Report on the working of the Ranchi Indian Mental Hospital, Kanke, in Bihar and Orissa - 1930-1940
Year: 1930
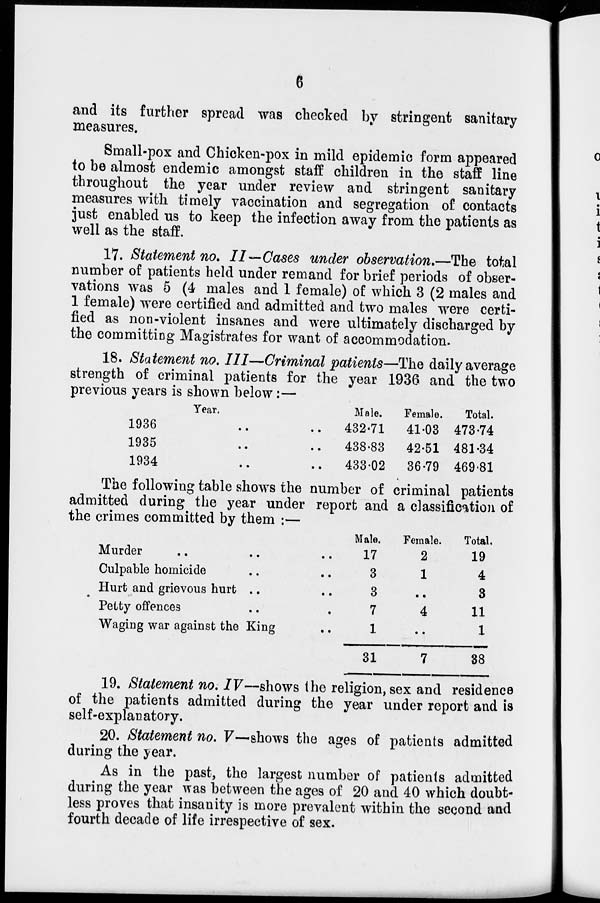
6
and its further spread was checked by stringent sanitary
measures.
Small-pox and Chicken-pox in mild epidemic form appeared
to be almost endemic amongst staff children in the staff line
throughout the year under review and stringent sanitary
measures with timely vaccination and segregation of contacts
just enabled us to keep the infection away from the patients as
well as the staff.
17. Statement no. II—Cases under observation.—The total
number of patients held under remand for brief periods of obser-
vations was 5 (4 males and 1 female) of which 3 (2 males and
1 female) were certified and admitted and two males were certi-
fied as non-violent insanes and were ultimately discharged by
the committing Magistrates for want of accommodation.
18. Statement no. III—Criminal patients—The daily average
strength of criminal patients for the year 1936 and the two
previous years is shown below :—
Year.
1936 .. ..
1935 .. ..
1934 .. ..
Male.
432.71
438.83
433.02
Female.
41.03
42.51
36.79
Total.
473.74
481.34
469.81
The following table shows the number of criminal patients
admitted during the year under report and a classification of
the crimes committed by them :—
Murder .. .. ..
Culpable homicide .. ..
Hurt and grievous hurt .. ..
Petty offences .. ..
Waging war against the King ..
Male.
17
3
3
7
1
31
Female.
2
1
..
4
..
7
Total.
19
4
3
11
1
38
19. Statement no. IV—shows the religion, sex and residence
of the patients admitted during the year under report and is
self-explanatory.
20. Statement no. V—shows the ages of patients admitted
during the year.
As in the past, the largest number of patients admitted
during the year was between the ages of 20 and 40 which doubt-
less proves that insanity is more prevalent within the second and
fourth decade of life irrespective of sex.